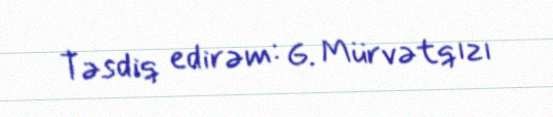
Təsdiq edirəm: G. Mürvətqızı